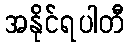
အနိုင်ရပါတီ